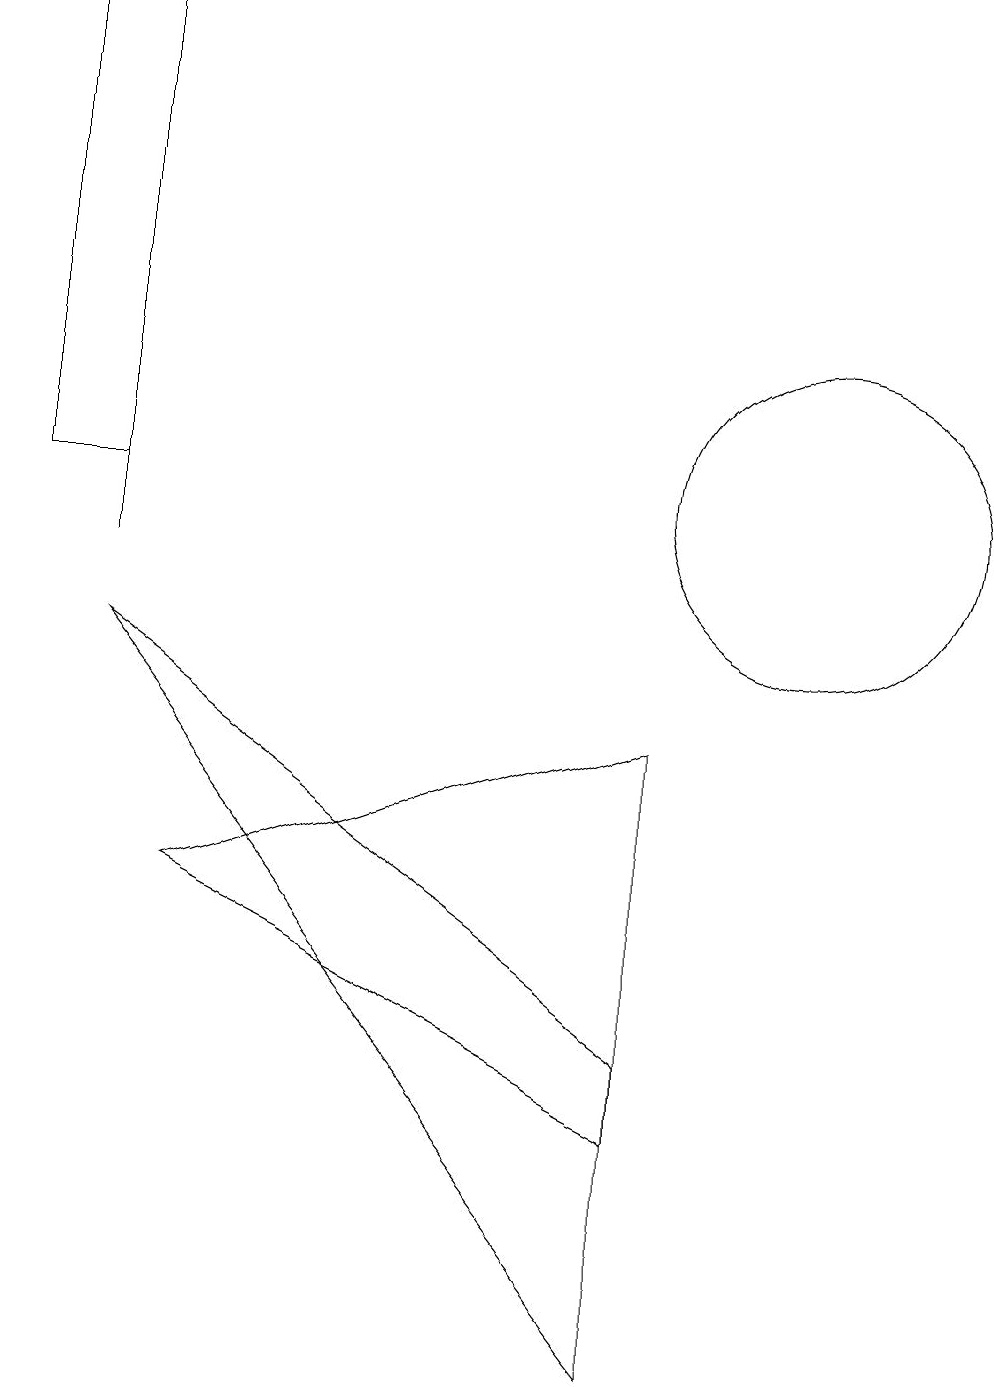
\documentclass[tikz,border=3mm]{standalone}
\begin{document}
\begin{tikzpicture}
\draw (8,8) -- (2,6) -- (8,3) -- cycle;
\draw (1,17) rectangle (1,10);
\draw (8,4) -- (1,9) -- (8,0) -- cycle;
\draw (1,11) rectangle (0,17);
\draw (10,11) circle (2);
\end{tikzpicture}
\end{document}